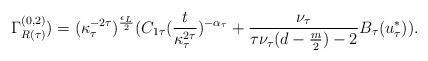
LaTeX: \begin{align*}\Gamma_{R (\tau)}^{(0,2)}) = (\kappa_{\tau}^{-2 \tau})^{\frac{\epsilon_{L}}{2}} (C_{1 \tau} (\frac{t}{\kappa_{\tau}^{2 \tau}})^{- \alpha_{\tau}} + \frac{\nu_{\tau}}{\tau \nu_{\tau}(d - \frac{m}{2}) -2} B_{\tau}(u_{\tau}^{*})).\end{align*}